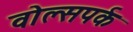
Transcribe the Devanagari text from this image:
वोल्सपर्क